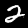
Digit: 2